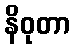
နိဝုတာ